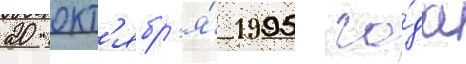
20 окт'ябр'я́ 1995 го́да